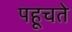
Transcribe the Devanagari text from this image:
पहूचते